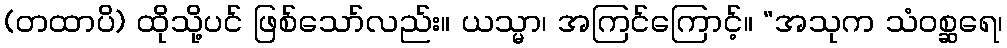
(တထာပိ) ထိုသို့ပင် ဖြစ်သော်လည်း။ ယသ္မာ၊ အကြင်ကြောင့်။ “အသုက သံဝစ္ဆရေ၊